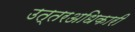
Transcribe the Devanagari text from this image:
उत्तरअधिकारी